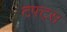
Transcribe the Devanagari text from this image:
टफ्ट्‌स